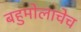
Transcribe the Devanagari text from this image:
बहुमोलाचेच